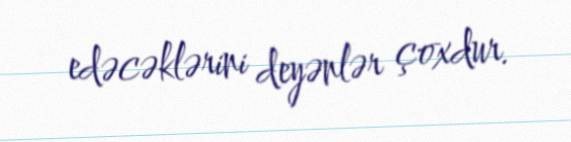
edəcəklərini deyənlər çoxdur.